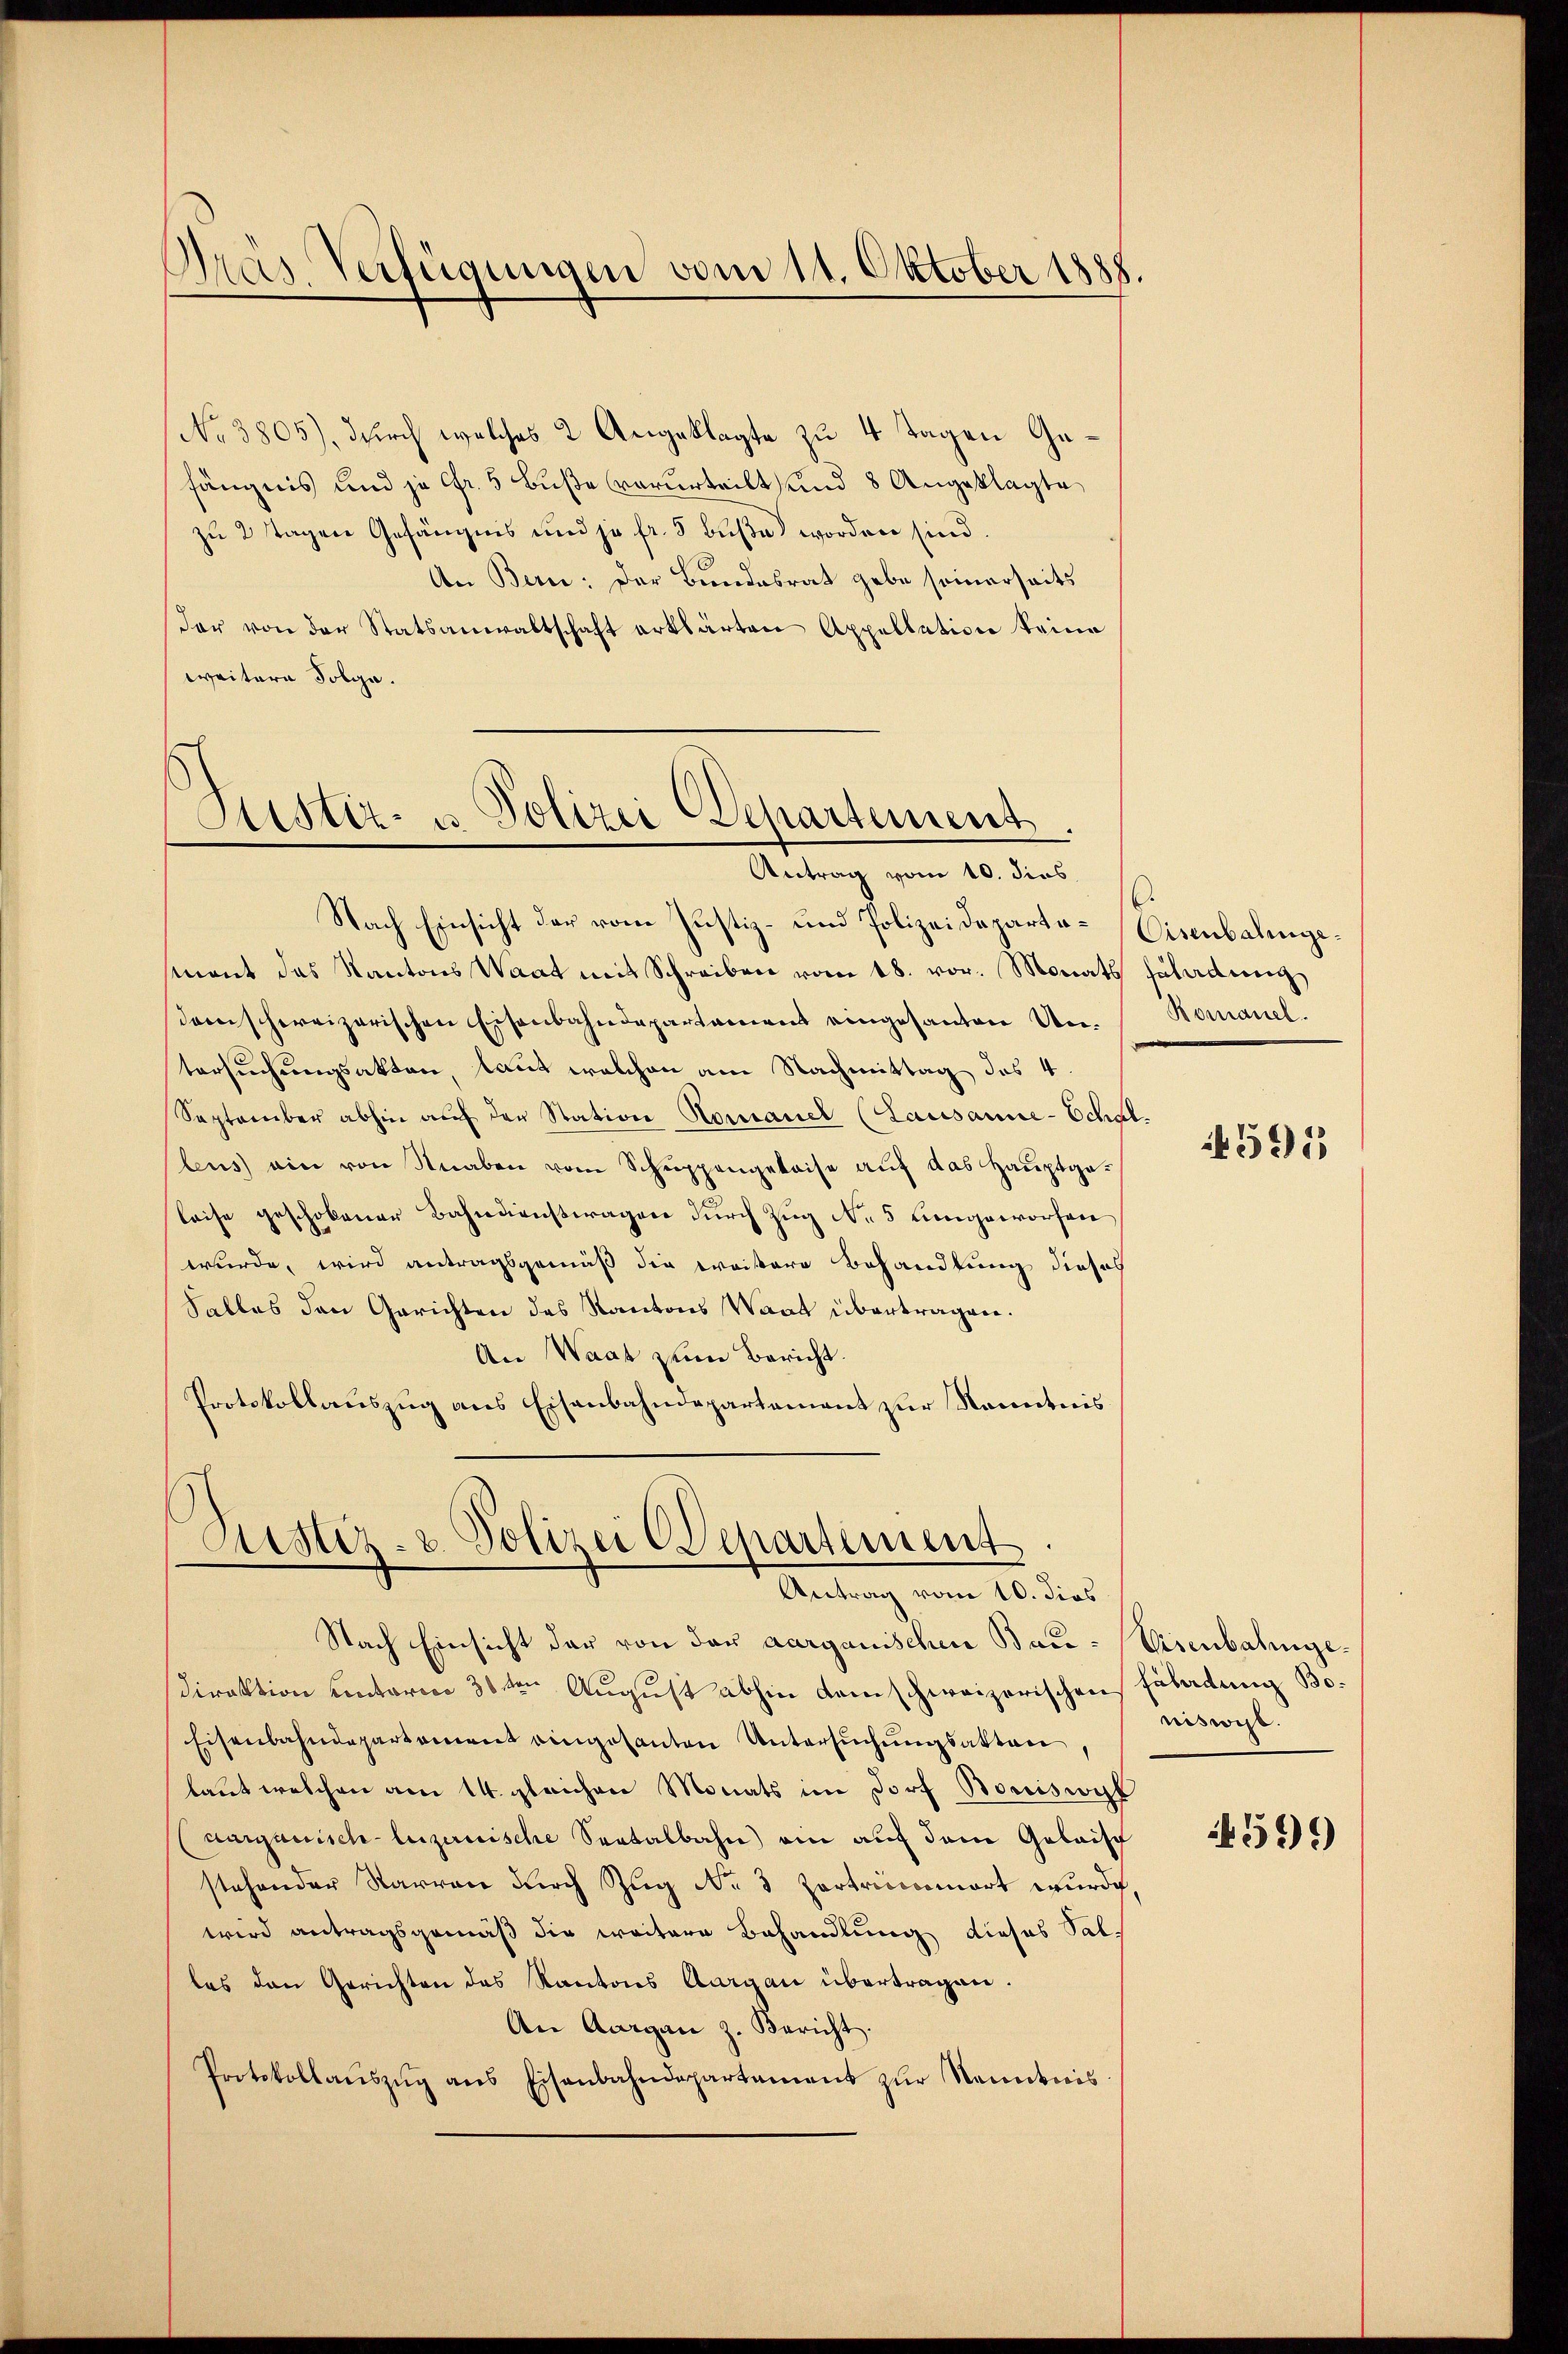
Dras Verfügungen vom 11. Oktober 1885.

No 3805), durch welches 2 Angeklagte zu 4 Tagen Gefängnis und je fr. 5 Buße verurteilt und 8 Angeklagte
zu 2 Tagen Gefängnis und je fr. 3 buße worden sind.
An Bern: Der Bundesrat gebe seinerseits
dar von der Statsanwaltschaft erklärten Appellation keine
weitere Folge.

Sistir- u Polizei Departement.
Antrag vom 10. dies

Nach Einsicht der vom Justiz- und Polizeideparta-Eisenbahngemant das Kantons Waat mit Schreiben vom 18. vor. Monats salattung
dam schweizerischen Eisenbahndepartament eingesanten Untersuchungsakten laut welchen am Nachmittag des 4
September abhin auf der Station Komanel (Lausanne-Schat.
leus ein von Knaben vom Schuppengeleise auf das Hauptge¬
Reise geschobener Bahndienstagen durch Zug No 5 Lungeworfen
wurde, wird antragsgemäß die weitere Behandlung dieses
Salles den Gerichten des Kantons Waat übertragen.
An Waat zum Bericht.
Protokollauszug aus Eisenbahndepartement zur Kenntnis

Ristiz- u. Polizei Departement
An
e
¬
w
n 10. dies

Nach Einsicht der von der aargauischen Bau-Eisenbahnge¬
Direktion einterm 30ten August abhin dem schweizerischen Fäladung Bo¬
Eisenbahndepartement eingesanten Untersuchungsakten,
laut welchen am 14. gleichen Monats im Dorf Bouiswyl
aargauisch-luzernische Seetalbahn ein auf dem Geleisc
stehender Starren dŭrch Zŭg No 3 Zertrinnert wurde,
wird antragsgemäß die weitere Behandlung dieses Salles den Gerichten des Kantons Aargau übertragen.
An Aargau z. Bericht.
Protokollaŭszŭg ans Eisenbahndepartement zŭr Nenntnis

.
Bomanel.

555

niswohl.

599)